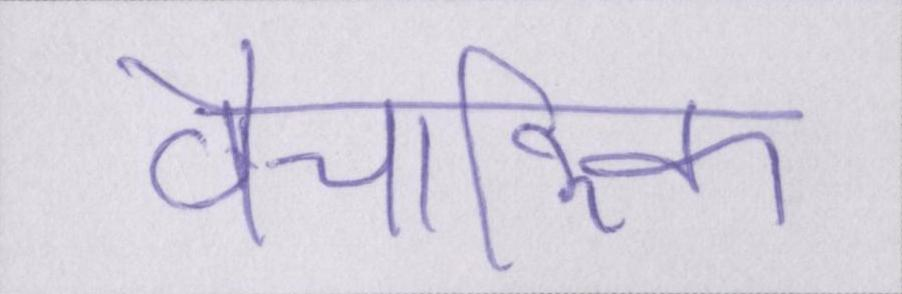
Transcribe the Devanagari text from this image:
वैचारिक